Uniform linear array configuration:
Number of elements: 8
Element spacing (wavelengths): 0.75
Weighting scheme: exponential
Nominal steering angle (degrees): -15
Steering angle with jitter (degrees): -13.514
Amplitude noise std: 0.05
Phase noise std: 0.05

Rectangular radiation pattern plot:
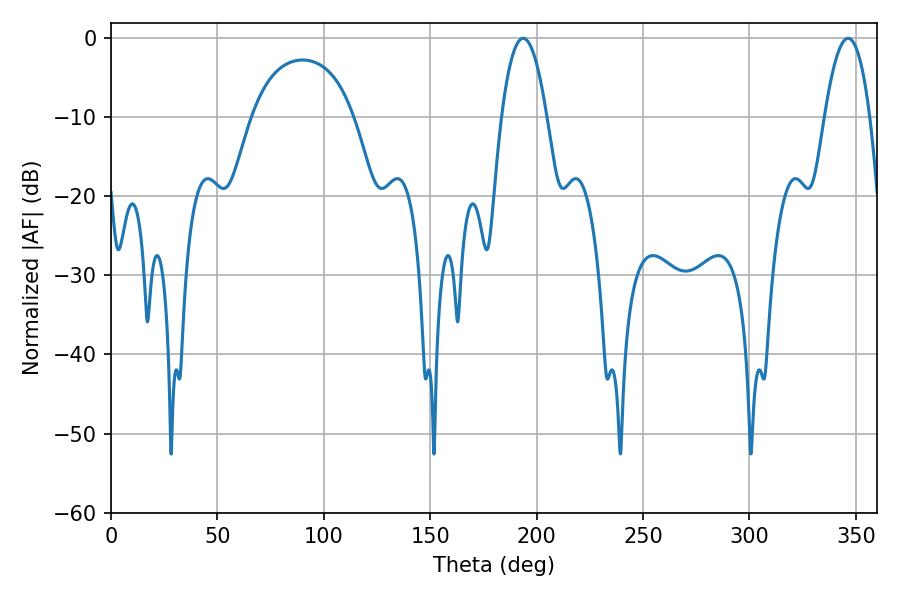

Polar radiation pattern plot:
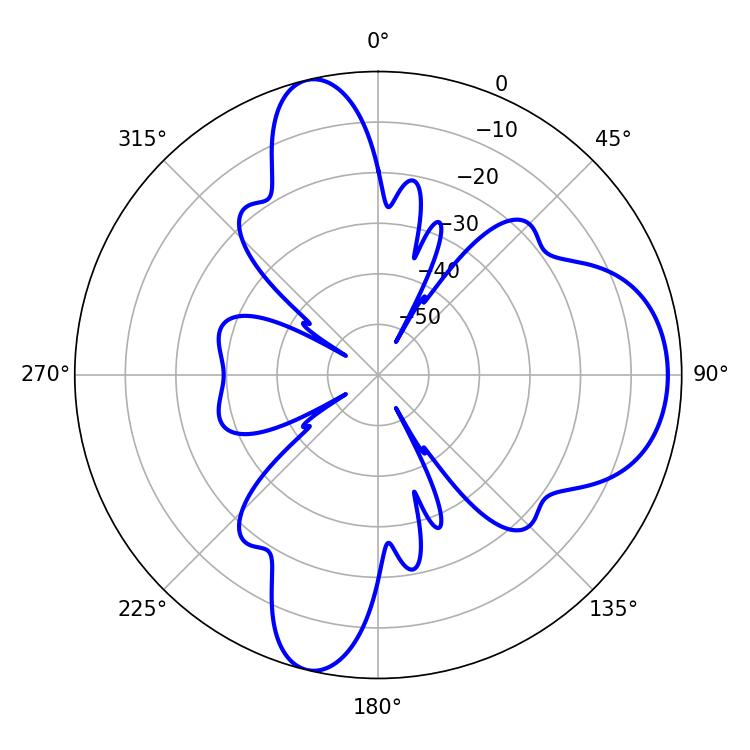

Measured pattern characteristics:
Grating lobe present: TRUE
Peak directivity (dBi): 9.887
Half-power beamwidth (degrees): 11.7
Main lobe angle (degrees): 193.68